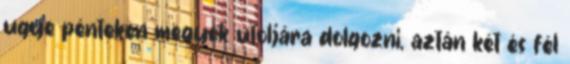
ugye pénteken megyek utoljára dolgozni, aztán két és fél